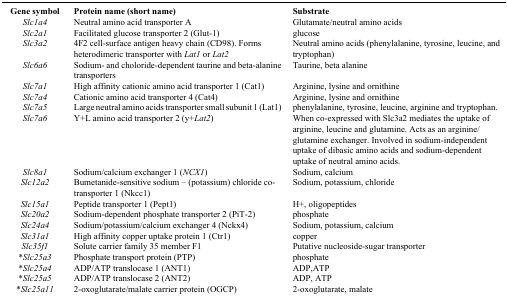
| Gene symbol | Protein name (short name) | Substrate |
 | --- | --- | --- |
 | Slc1a4 | Neutral amino acid transporter A | Glutamate/neutral amino acids |
 | Slc2a1 | Facilitated glucose transporter 2 (Glut-1) | glucose |
 | Slc3a2 | 4F2 cell-surface antigen heavy chain (CD98) Forms heterodimeric transporter with Lat1 or Lat2 | Neutral amino acids (phenylalanine, tyrosine, leucine, and tryptophan) |
 | Slc6a6 | Sodium- and choloride-dependent taurine and beta-alanine transporters | Taurine, beta alanine |
 | Slc7a1 | High affinity cationic amino acid transporter 1 (Cat1) | Arginine, lysine and ornithine |
 | Slc7a4 | Cationic amino acid transporter 4 (Cat4) | Arginine, lysine and ornithine |
 | Slc7a5 | Large neutral amino acids transporter small subunit 1 (Lat1) | phenylalanine, tyrosine, leucine, arginine and tryptophan. |
 | Slc7a6 | Y+L amino acid transporter 2 (y+Lat2) | When co-expressed with Slc3a2 mediates the uptake of arginine, leucine and glutamine. Acts as an arginine/glutamine exchanger. Involved in sodium-independent uptake of dibasic amino acids and sodium-dependent uptake of neutral amino acids. |
 | Slc8a1 | Sodium/calcium exchanger 1 (NCX1) | Sodium, calcium |
 | Slc12a2 | Bumetanide-sensitive sodium – (potassium) chloride co-transporter 1 (Nkcc1) | Sodium, potassium, chloride |
 | Slc15a1 | Peptide transporter 1 (Pept1) | H+, oligopeptides |
 | Slc20a2 | Sodium-dependent phosphate transporter 2 (PiT-2) | phosphate |
 | Slc24a4 | Sodium/potassium/calcium exchanger 4 (Nckx4) | Sodium, potassium, calcium |
 | Slc31a1 | High affinity copper uptake protein 1 (Ctr1) | copper |
 | Slc35f1 | Solute carrier family 35 member F1 | Putative nucleoside-sugar transporter |
 | *Slc25a3 | Phosphate transport protein (PTP) | phosphate |
 | *Slc25a4 | ADP/ATP translocase 1 (ANT1) | ADP,ATP |
 | *Slc25a5 | ADP/ATP translocase 2 (ANT2) | ADP, ATP |
 | *Slc25a11 | 2-oxoglutarate/malate carrier protein (OGCP) | 2-oxoglutarate, malate |